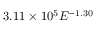
3 . 1 1 \times 1 0 ^ { 5 } E ^ { - 1 . 3 0 }